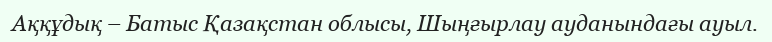
Аққұдық – Батыс Қазақстан облысы, Шыңғырлау ауданындағы ауыл.